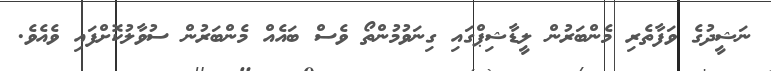
ނަޝީދުގެ ވަފާތެރި މެންބަރުން ލީޑާޝިޕްގައި ގިނަވުމުންތޯ ވެސް ބައެއް މެންބަރުން ސުވާލުކޮށްފައި ވެއެވެ.